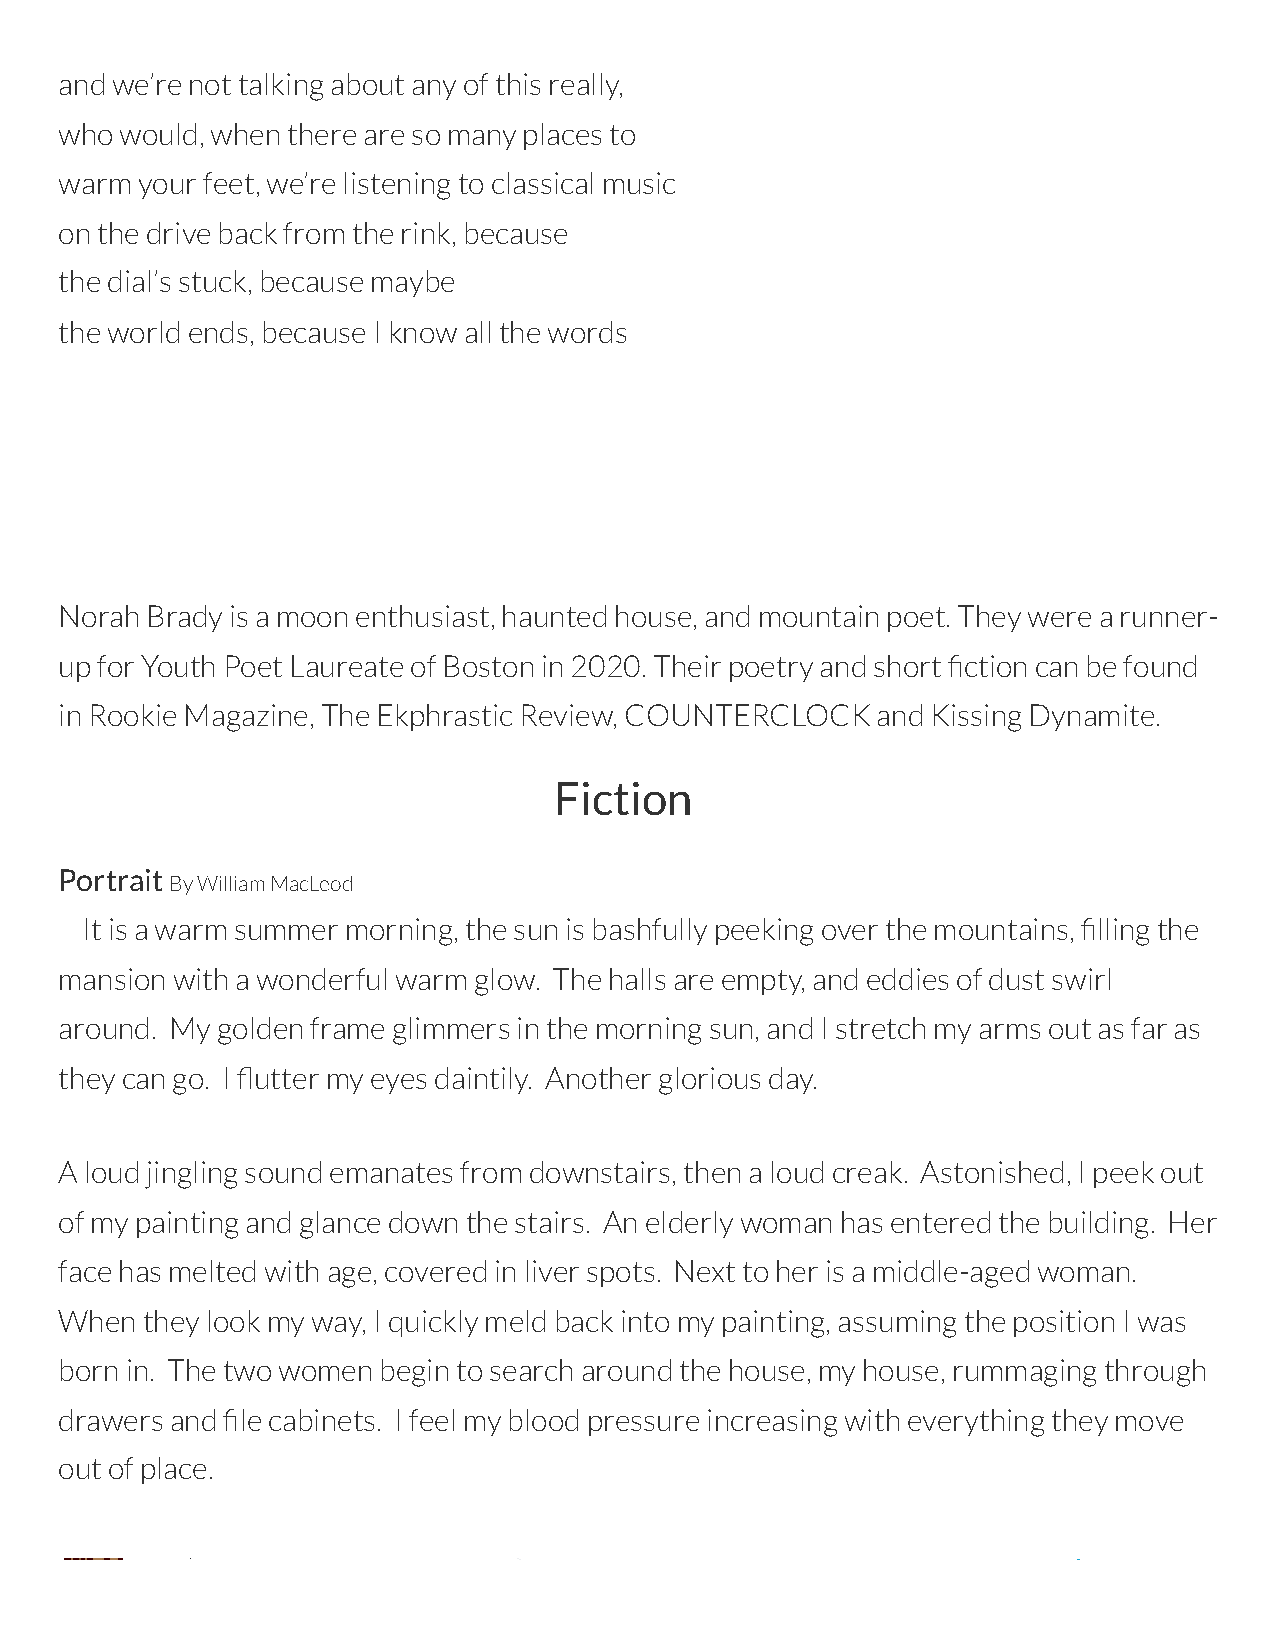
and we’re not talking about any of this really,
 who would, when there are so many places to
 warm your feet, we’re listening to classical music
 on the drive back from the rink, because
 the dial’s stuck, because maybe
 the world ends, because I know all the words
 Norah Brady is a moon enthusiast, haunted house, and mountain poet. They were a runner-
 up for Youth Poet Laureate of Boston in 2020. Their poetry and short ction can be found
 in Rookie Magazine, The Ekphrastic Review, COUNTERCLOCK and Kissing Dynamite.
 Fiction
 Portrait
 By William MacLeod
 It is a warm summer morning, the sun is bashfully peeking over the mountains, lling the
 mansion with a wonderful warm glow. The halls are empty, and eddies of dust swirl
 around. My golden frame glimmers in the morning sun, and I stretch my arms out as far as
 they can go. I utter my eyes daintily. Another glorious day.
 A loud jingling sound emanates from downstairs, then a loud creak. Astonished, I peek out
 of my painting and glance down the stairs. An elderly woman has entered the building. Her
 face has melted with age, covered in liver spots. Next to her is a middle-aged woman.
 When they look my way, I quickly meld back into my painting, assuming the position I was
 born in. The two women begin to search around the house, my house, rummaging through
 drawers and le cabinets. I feel my blood pressure increasing with everything they move
 out of place.